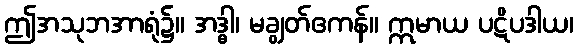
ဤအသုဘအာရုံ၌။ အဒ္ဓါ၊ မချွတ်ဧကန်။ ဣမာယ ပဋိပဒါယ၊